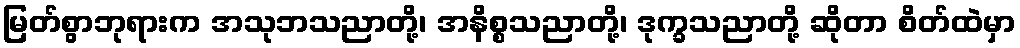
မြတ်စွာဘုရားက အသုဘသညာတို့၊ အနိစ္စသညာတို့၊ ဒုက္ခသညာတို့ ဆိုတာ စိတ်ထဲမှာ